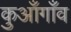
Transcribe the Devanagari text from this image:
कुआँगाँव